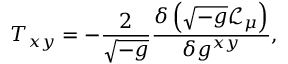
T _ { x y } = - \frac { 2 } { \sqrt { - g } } \frac { \delta \left( \sqrt { - g } \mathcal { L } _ { \mu } \right) } { \delta g ^ { x y } } ,